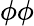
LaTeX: \phi\phi